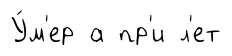
У́м'ер а пр'и л'ет